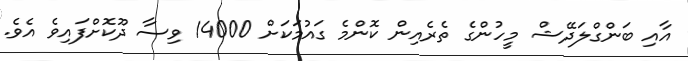
އާއި ބަންގްލަދޭޝް މީހުންގެ ތެރެއިން ކޮންމެ ގައުމަކަށް 14000 ވިސާ ދޫކޮށްފައިވެ އެވެ.